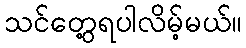
သင်တွေ့ရပါလိမ့်မယ်။